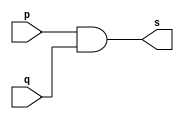
// ------------------------- 
// Exemplo0003 - NAND
// Nome: Marcio Santan Correa 
// ------------------------- 
// ------------------------- 
// -- and gate 
// ------------------------- 
module andgate ( output s, input p, input q); 
assign s = p & q; 
endmodule // andgate 
// --------------------- 
// -- test and gate 
// --------------------- 
module testandgate; 
// ------------------------- dados locais 
reg a, b; // definir registradores 
wire s; // definir conexao (fio) 
// ------------------------- instancia 
andgate AND1 (s, a, b); 
// ------------------------- preparacao 
initial begin:start 
// atribuicao simultanea 
// dos valores iniciais 
a=0; b=0; 
end 
// ------------------------- parte principal 
initial begin 
$display("Exemplo0003 - Marcio Santana Correa - 345368"); 
$display("Test AND gate"); 
$display("\na & b = s\n"); 
a=0; b=0; 
#1 $display("%b & %b = %b", a, b, s); 
a=0; b=1; 
#1 $display("%b & %b = %b", a, b, s); 
a=1; b=0; 
#1 $display("%b & %b = %b", a, b, s); 
a=1; b=1; 
#1 $display("%b & %b = %b", a, b, s); 
end 
endmodule // testandgate